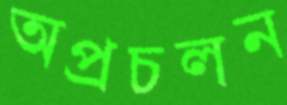
অপ্রচলন